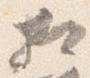
相